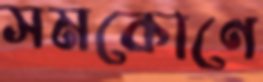
সমকোণে